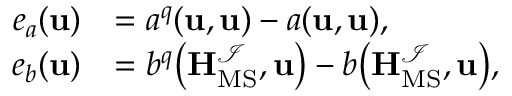
\begin{array} { r l } { e _ { a } ( \mathbf { u } ) } & { = a ^ { q } ( \mathbf { u } , \mathbf { u } ) - a ( \mathbf { u } , \mathbf { u } ) , } \\ { e _ { b } ( \mathbf { u } ) } & { = b ^ { q } \big ( \mathbf { H } _ { \mathrm { M S } } ^ { \mathcal { I } } , \mathbf { u } \big ) - b \big ( \mathbf { H } _ { \mathrm { M S } } ^ { \mathcal { I } } , \mathbf { u } \big ) , } \end{array}